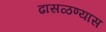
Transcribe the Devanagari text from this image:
ढासळण्यास